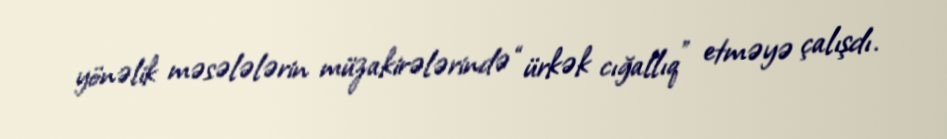
yönəlik məsələlərin müzakirələrində “ürkək cığallıq” etməyə çalışdı.